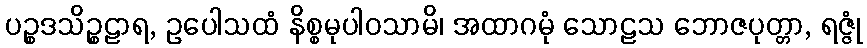
ပဉ္စဒသိဉ္စဠာရ, ဥပေါသထံ နိစ္စမုပါဝသာမိ၊ အထာဂမုံ သောဠသ ဘောဇပုတ္တာ, ရဇ္ဇုံ